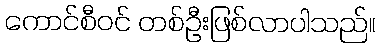
ကောင်စီဝင် တစ်ဦးဖြစ်လာပါသည်။